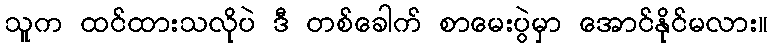
သူက ထင်ထားသလိုပဲ ဒီ တစ်ခေါက် စာမေးပွဲမှာ အောင်နိုင်မလား။